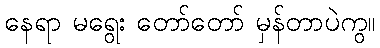
နေရာ မရွေး တော်တော် မှန်တာပဲကွ။